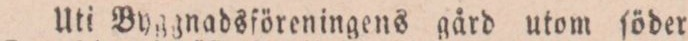
Uti Byggnadsföreningens gård utom ſöder